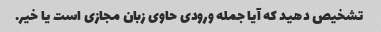
تشخیص دهید که آیا جمله ورودی حاوی زبان مجازی است یا خیر.